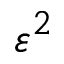
\varepsilon ^ { 2 }